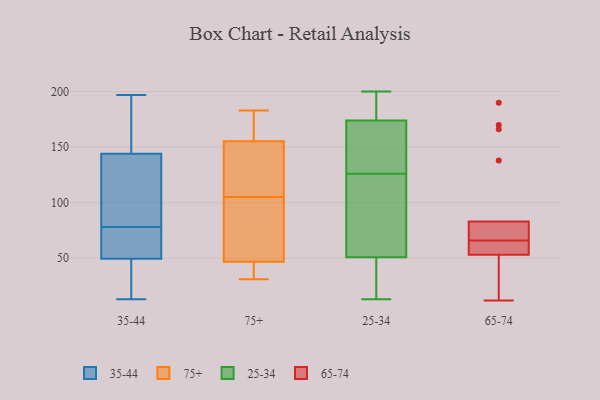
{"axis": {"x": "Website Visitors", "y": "Value"}, "legend": ["25-34", "35-44", "65-74", "75+"], "data": [{"x": "", "y": 124, "type": "35-44"}, {"x": "", "y": 13, "type": "35-44"}, {"x": "", "y": 19, "type": "35-44"}, {"x": "", "y": 112, "type": "35-44"}, {"x": "", "y": 197, "type": "35-44"}, {"x": "", "y": 81, "type": "35-44"}, {"x": "", "y": 162, "type": "35-44"}, {"x": "", "y": 172, "type": "35-44"}, {"x": "", "y": 43, "type": "35-44"}, {"x": "", "y": 56, "type": "35-44"}, {"x": "", "y": 58, "type": "35-44"}, {"x": "", "y": 139, "type": "35-44"}, {"x": "", "y": 149, "type": "35-44"}, {"x": "", "y": 75, "type": "35-44"}, {"x": "", "y": 16, "type": "35-44"}, {"x": "", "y": 58, "type": "35-44"}, {"x": "", "y": 38, "type": "75+"}, {"x": "", "y": 183, "type": "75+"}, {"x": "", "y": 172, "type": "75+"}, {"x": "", "y": 31, "type": "75+"}, {"x": "", "y": 116, "type": "75+"}, {"x": "", "y": 105, "type": "75+"}, {"x": "", "y": 161, "type": "75+"}, {"x": "", "y": 49, "type": "75+"}, {"x": "", "y": 114, "type": "75+"}, {"x": "", "y": 32, "type": "75+"}, {"x": "", "y": 141, "type": "75+"}, {"x": "", "y": 98, "type": "75+"}, {"x": "", "y": 73, "type": "75+"}, {"x": "", "y": 160, "type": "75+"}, {"x": "", "y": 46, "type": "75+"}, {"x": "", "y": 94, "type": "25-34"}, {"x": "", "y": 13, "type": "25-34"}, {"x": "", "y": 131, "type": "25-34"}, {"x": "", "y": 198, "type": "25-34"}, {"x": "", "y": 174, "type": "25-34"}, {"x": "", "y": 33, "type": "25-34"}, {"x": "", "y": 130, "type": "25-34"}, {"x": "", "y": 43, "type": "25-34"}, {"x": "", "y": 106, "type": "25-34"}, {"x": "", "y": 126, "type": "25-34"}, {"x": "", "y": 39, "type": "25-34"}, {"x": "", "y": 174, "type": "25-34"}, {"x": "", "y": 200, "type": "25-34"}, {"x": "", "y": 177, "type": "25-34"}, {"x": "", "y": 33, "type": "25-34"}, {"x": "", "y": 191, "type": "25-34"}, {"x": "", "y": 77, "type": "25-34"}, {"x": "", "y": 74, "type": "25-34"}, {"x": "", "y": 139, "type": "25-34"}, {"x": "", "y": 166, "type": "65-74"}, {"x": "", "y": 66, "type": "65-74"}, {"x": "", "y": 72, "type": "65-74"}, {"x": "", "y": 29, "type": "65-74"}, {"x": "", "y": 65, "type": "65-74"}, {"x": "", "y": 58, "type": "65-74"}, {"x": "", "y": 71, "type": "65-74"}, {"x": "", "y": 69, "type": "65-74"}, {"x": "", "y": 190, "type": "65-74"}, {"x": "", "y": 138, "type": "65-74"}, {"x": "", "y": 83, "type": "65-74"}, {"x": "", "y": 30, "type": "65-74"}, {"x": "", "y": 49, "type": "65-74"}, {"x": "", "y": 66, "type": "65-74"}, {"x": "", "y": 12, "type": "65-74"}, {"x": "", "y": 170, "type": "65-74"}, {"x": "", "y": 56, "type": "65-74"}, {"x": "", "y": 53, "type": "65-74"}]}